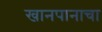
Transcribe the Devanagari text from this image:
खानपानाचा